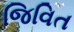
જિવિત